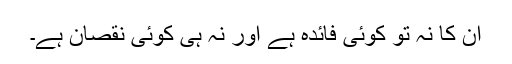
ان کا نہ تو کوئی فائدہ ہے اور نہ ہی کوئی نقصان ہے۔